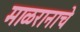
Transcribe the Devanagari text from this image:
माळरानाचे